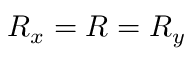
R _ { x } = R = R _ { y }